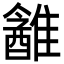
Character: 䨄